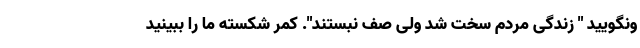
ونگویید " زندگی مردم سخت شد ولی صف نبستند". کمر شکسته ما را ببینید